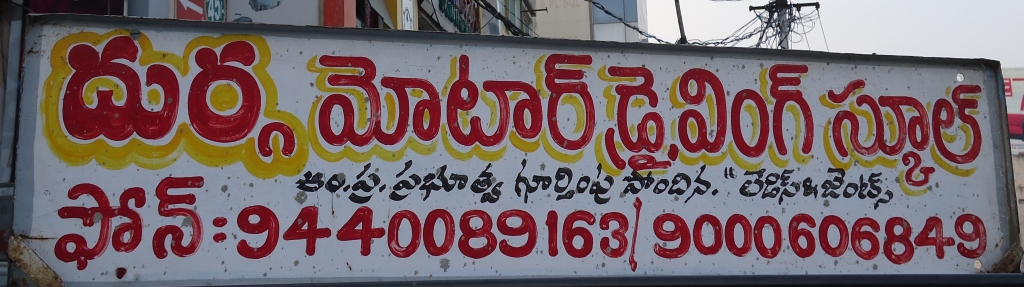
Language: telugu
Transcription: దుర్గ మోటార్ డ్రైవింగ్ స్కూల్ ప్రభూత్వ పోందిన. గూర్తింపు